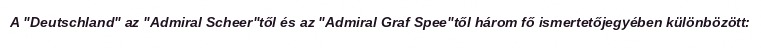
A "Deutschland" az "Admiral Scheer"től és az "Admiral Graf Spee"től három fő ismertetőjegyében különbözött: